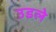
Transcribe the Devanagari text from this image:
उडले